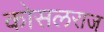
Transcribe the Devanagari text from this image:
कोसलराज